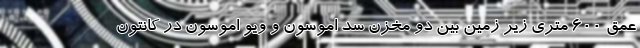
عمق 600 متری زیر زمین بین دو مخزن سد اموسون و ویو اموسون در کانتون